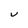
Character: v